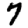
Digit: 7